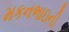
મકનભાઇની